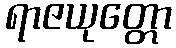
ရာဇယုတ္တော